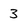
Character: 3